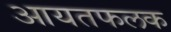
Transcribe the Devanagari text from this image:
आयतफलक